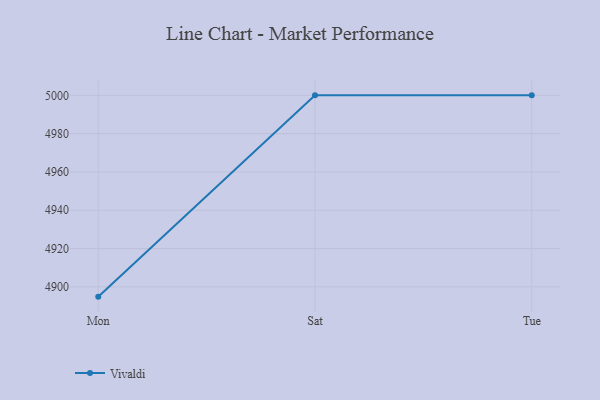
{"axis": {"x": "Day", "y": "Headcount"}, "legend": ["Vivaldi"], "data": [{"x": "Mon", "y": 4894.9, "type": "Vivaldi"}, {"x": "Sat", "y": 5000, "type": "Vivaldi"}, {"x": "Tue", "y": 5000, "type": "Vivaldi"}]}